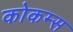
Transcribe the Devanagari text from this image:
कोकम्स